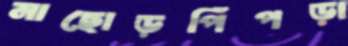
নাছোড়পিঁপড়া